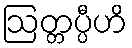
ဩတ္တပ္ပီဟိ